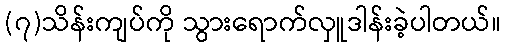
(၇)သိန်းကျပ်ကို သွားရောက်လှူဒါန်းခဲ့ပါတယ်။